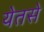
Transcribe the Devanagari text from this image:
येतसे